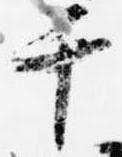
千